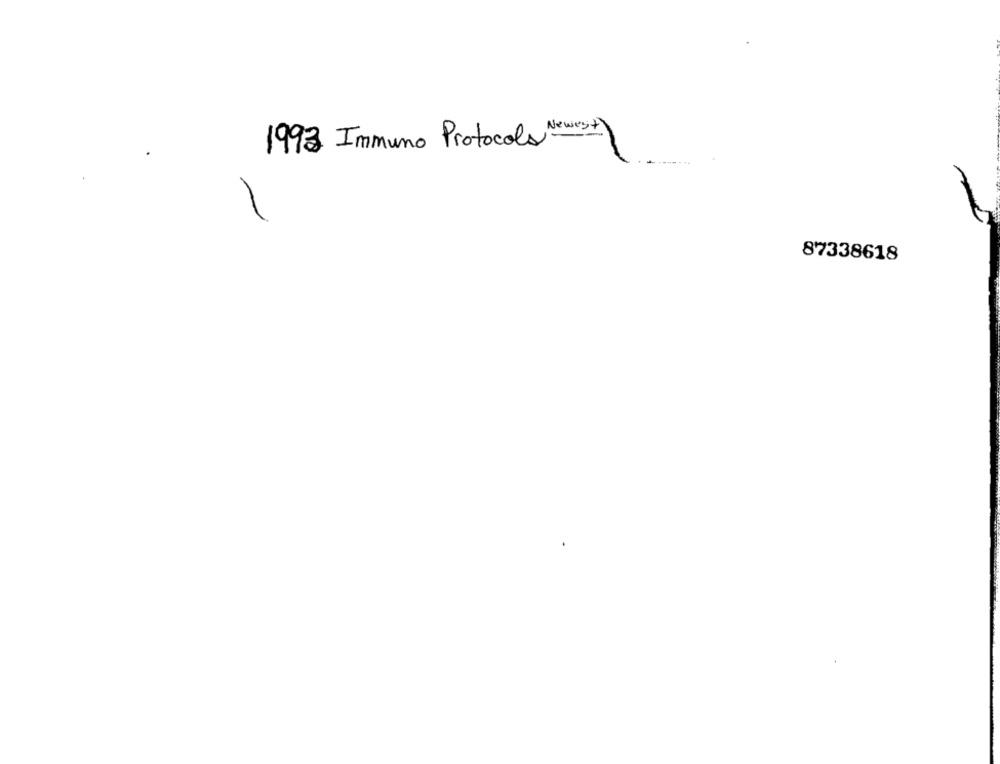
1993 Immuno Protocols Newest)
87338618